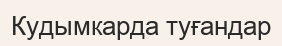
Кудымкарда туғандар